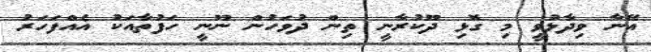
އޭނާ ވިދާޅުވީ މި ގޮޅި ދޫކުރާނީ ތިން ދުވަހުން ނޫނީ ހަފުތާއަކު އެއްފަހަރު